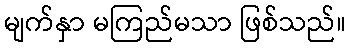
မျက်နှာ မကြည်မသာ ဖြစ်သည်။